Annual report of the Civil Veterinary Department, Bengal, and of the Bengal Veterinary College, for the year 1900-1901 - 1900-1901
Year: 1900
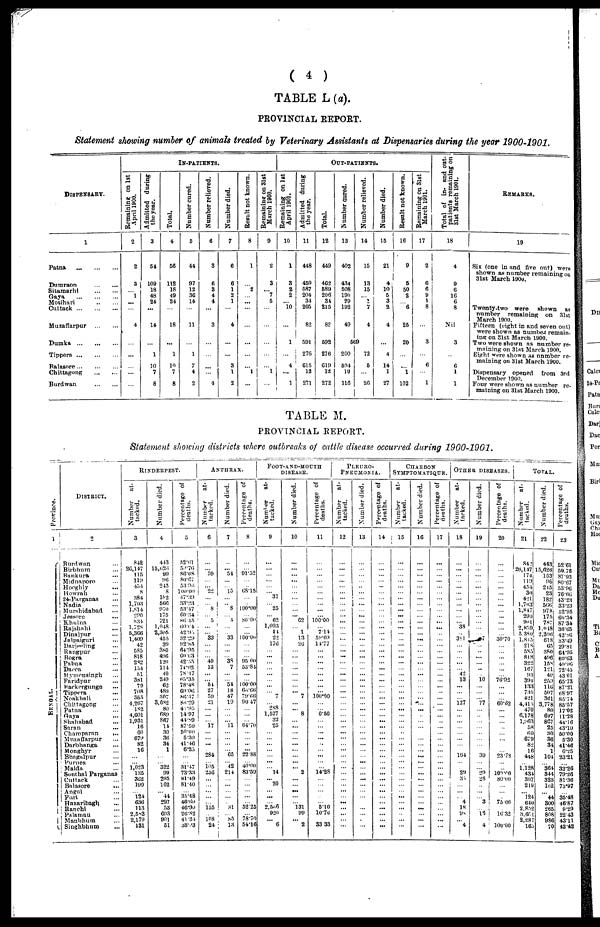
( 4 )
TABLE L (a).
PROVINCIAL REPORT.
Statement showing number of animals treated by Veterinary Assistants at Dispensaries during the year 1900-1901.
DISPENSARY.
1
Patna
...
...
...
Dumraon
...
...
Sitamarhi
...
...
Gaya ... ... ...
Motihari
..
...
Cuttack
...
...
...
Muzaffarpur
...
...
Dumka
...
...
...
Tippera
...
...
...
Balasore ... ... ...
Chittagong
...
...
Burdwan
...
...
IN-PATIENTS
Remaining on 1st
April 1900.
2
2
3
… 1
...
…
4
…
…
…
…
…
Admitted during
the year.
3
54
109
18
48
24
...
14
…
1
10
7
8
Total.
4
56
112
18
49
24
…
18
...
1
10
7
8
Number cured.
5
44
97
12
36
14
…
11
…
1
7
4
2
Number relieved.
6
3
6
3
4
4
…
3
…
…
…
…
4
Number died.
7
6
6
1
2
1
…
4
…
…
3
1
2
Result not known.
8
1
... 2
…
…
…
…
…
…
… 1
…
Remaining on 31st
March 1900.
9
2
3
... 7
5
…
…
…
…
… 1
…
OUT-PATIENTS.
Remaining on 1st
April 1901.
10
1
3
2
2
… 10
…
1
...
4
…
1
Admitted during
the year.
11
448
459
587
204
31
205
82
591
276
615
12
271
Total.
12
449
462
589
206
34
215
82
592
276
619
12
272
Number cured.
13
402
434
508
190
29
192
49
5
200
504
10
116
Number relieved.
14
15
13
15
… 1
7
4
69
72
5
…
26
Number died.
15
21
4
10
5
3
2
4
…
4
14
1
27
Result not known.
16
9
5
50
2
… 6
25
20
…
…
1
102
Remaining on 3lst
March
1901.
17
2
6
6
9
1
8
…
3
…
6
1
Total of in- and out-
patients remaining on
31st March 1901.
18
4
9
6
16
6
8
Nil
3
…
6
1
1
REMARKS.
19
Six (one in and five out) were
shown as number remaining on
31st March 1900.
Twenty-two were shown as
number remaining on 31st
March 1900.
Fifteen (eight in and seven out)
were shown as number remain-
ing on 31st March 1900.
Two were shown as number re-
maining on 31st March 1900.
Eight were shown as number re-
maining on 31st March 1900.
Dispensary opened from 3rd
December 1900.
Four were shown as number re-
maining on 31st March 1900.
TABLE M.
PROVINCIAL REPORT.
Statement showing districts where outbreaks of cattle disease occurred during 1900-1901.
Province.
1
BENGAL.
DISTRICT.
2
Burdwan ...
Birbhum ...
Bankura ...
Midnapore ...
Hooghly ...
Howrah ...
24-Parganas ...
Nadia ...
Murshidabad ...
Jessore ...
Khulna ...
Rajshahi
Dinajpur ...
Jalpaiguri ...
Darjeeling ...
Rangpur ...
Bogra ...
Pabna ...
Dacca ...
Mymensingh ...
Faridpur ...
Backergunge ...
Tippera ...
Noakhali ...
Chittagong ...
Patna ...
Gaya ...
Shahabad ...
Saran ...
Champaran
...
Muzaffarpur ...
Darbhanga ...
Monghyr ...
Bhagalpur ...
Purnea ...
Malda ...
Sonthal Parganas
Cuttack ...
Balasore
...
Augul ...
Puri ...
Hazaribagh ...
Banehi ...
Palamau ...
Manbhum ...
Singhbhum ...
RINDERPEST.
Number
at-
tacked.
3
842
26,117
115
119
454
8
384
1,703
1,814
290
834
1,728
5,366
1,409
42
585
818
282
154
51
38l
79
708
355
4,267
182
4,601
1,931
16
60
679
82
16
...
... 1,023
135
362
199
... l24
636
113
2,583
2,179
131
Number died.
4
443
15,626
99
96
245
8
182
566
970
175
721 1,048
2,305
455
39
880
406
120
114
40
249
62
489
307
3,682
80
689
867
14
30
36
34
1
...
322
... 99
295
162
... 44
297
53
693
901
51
Percentage of
deaths.
5
52.61
5.076
86.08
80.67
53.96
100.00
47.39
33.23
53.47
60.34
86.45 60.64
42.95
32.29 92.85
64.95
60. 03
42.55
74.02
78.47
65.35
78.48
69.06
86.47
86.29
4.95
1497
44.89
87.50
50.00
5.30
41.46
6.25
...
... 31.47
73.33
81.49
81.40
...
35.48
46.69
40.90
20.82
41.84
38.93
ANTHRAX.
Number
at-
tacked.
6
…
… 59
…
... 22
...
... 8
... 5
...
... 33
...
...
... 40
13
...
... 54
27
50
21
...
... ... 17
...
... ...
... 284
... 105
256
...
...
...
...
... 155
... 108
24
Number died.
7
…
… 54
…
... 15
... .. 8
... 4
...
... 33
...
...
... 38
7
...
... 54
18
47
19
...
... ... 11
...
...
...
... 65
... 42
214
...
...
...
...
... 81
... 85
13
Percentage of
deaths.
8
…
… 91.52
… ... 68.18
...
.. 100.00
... 80.00
...
... 100.00
...
...
...
95 00
53.84
...
...
100.00
66.66
79.66
90.47
...
... ... 64.70
...
...
... 22.88
... 40.00
83.59
...
...
...
...
... 52.25
... 78.70
54.16
FOOT-AND-MOUTH
DISEASE.
Number
at-
tacked.
9
…
…
…
…
... ... 87
... 25
...
62
1,093
14
22
176
...
...
...
...
...
...
...
...
7
...
288
1,577
32
25
...
...
...
...
...
... ... 14
... 20
... ...
... 2,566
920
... 6
Number died.
10
…
…
… ...
... ...
...
...
...
... 62
... 1
13 26
...
...
...
...
...
...
...
...
7
...
... 8
... ...
... ...
...
...
... ... 2
...
... ...
...
... 131
99
... 2
Percentage of
deaths.
11
…
…
…
…
... ...
...
...
...
... 100.00
... 7.14
59.09 14.77
...
...
...
...
...
...
...
...
100.00
...
... 0.50
...
...
...
...
...
... ...
... ... 14.28
...
...
...
...
... 5.10
10.76
... 33. 33
PLEURO-
PNEUMONIA.
Number at-
tacked.
12
…
...
...
...
... ...
...
... ...
... ...
...
...
...
... ...
...
...
... ...
...
... ...
...
... ...
...
...
...
...
...
...
...
...
... ...
...
...
...
...
...
...
...
...
... ...
Number died.
13
…
…
…
…
.. ...
...
...
...
...
...
...
...
...
... ...
...
...
...
...
...
...
...
... ...
... ...
...
...
...
...
...
...
... ...
...
...
...
...
...
...
...
...
...
...
Percentage of
deaths.
14
…
…
…
…
... ...
...
...
...
...
...
...
...
...
... ...
...
...
...
...
...
...
...
... ...
... ...
...
... ...
...
...
...
... ...
... ...
...
...
...
...
...
...
... ...
CHARBON
SYMPTOMATIQUE.
Number
at-
tacked.
15
…
…
...
...
...
...
...
...
...
...
...
...
... ...
...
...
...
...
... ...
...
... ...
...
...
...
... ...
...
...
...
...
...
...
... ...
...
...
...
... ...
...
...
...
...
...
Number died.
16
…
…
…
…
... ...
...
...
...
...
...
...
... ...
...
...
...
...
...
...
...
...
...
...
...
...
...
...
...
...
... ...
...
...
...
...
...
...
...
... ...
...
...
...
Percentage of
deaths.
17
…
…
…
...
... ...
...
...
...
... ...
...
...
...
...
...
...
...
...
...
...
...
...
... ...
... ...
...
...
...
...
...
...
... ...
...
...
...
...
...
...
...
...
...
...
OTHER DISEASES,
Number
at-
tacked.
18
…
…
…
…
... ...
...
...
...
...
...
...
38
... 391
...
...
... ...
42
13
...
...
127
...
... ...
...
...
...
...
... 104
... ... 20
35
...
...
... 4
18
98
... 4
Number died.
19
…
...
...
…
...
...
...
...
...
...
...
...
... 7
... ...
...
... ..
... 10
...
...
77
...
...
...
...
...
...
...
... 39
... ... 29
28
..
...
... 3
... 16
... 4
Percentage of
deaths.
20
…
…
…
…
... ...
...
...
...
...
...
...
... 30.70
...
...
...
...
... 76.92
...
...
... 60.82
...
...
...
...
...
...
...
... 23.78
... ... 100.00
80.00
...
...
... 75.00
.
16.32
... 100.00
TOTAL.
Number
at-
tacked.
21
842
20,147
174
119
454
30
421
1,703
1,847
290
904
2,859
5,380
1,815
218
585
818
322
167
93
394
133
735
421
4,415
470
6.178
l,963
58
60
679
82
16
448
... 1,128
434
397
219
... 124
640
2,832
3,601
2,287
165
Number died.
22
443
15,626
153
96
215
23
182
566
978
175
787
1,048
2,300
618
65
380
496
158
121
40
259
116
507
361
3,778
80
697
867
25
30
36
34
1
104
... 364
344
323
102
... 44
300
265
808
986
70
Percentage of
deaths.
23
52.6l
59.76
87.93
80.67
53.96
76.66
43.23
33.23
52.95
60.34
87.34
36.65
42.86
33.49
29.81
61.95
60.03
49.06
72.45
43 01
65.73
87.21
68.97
85.74
85.57
17.02
11.28
44.16
43.10
50.00
5.30
41.46
6.25
23.21
... 32.26
79.26
81.36
73.97
... 35.48
46.87
9.29
22 .43
43.11
42.42